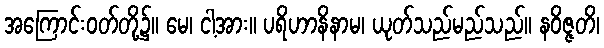
အကြောင်းဝတ်တို့၌။ မေ၊ ငါ့အား။ ပရိဟာနိနာမ၊ ယုတ်သည်မည်သည်။ နဝိဇ္ဇတိ၊